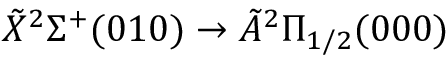
\tilde { X } { } ^ { 2 } \Sigma ^ { + } ( 0 1 0 ) \rightarrow \tilde { A } { } ^ { 2 } \Pi _ { 1 / 2 } ( 0 0 0 )